Indian journal of veterinary science and animal husbandry - Volume 1,
Year: 1931
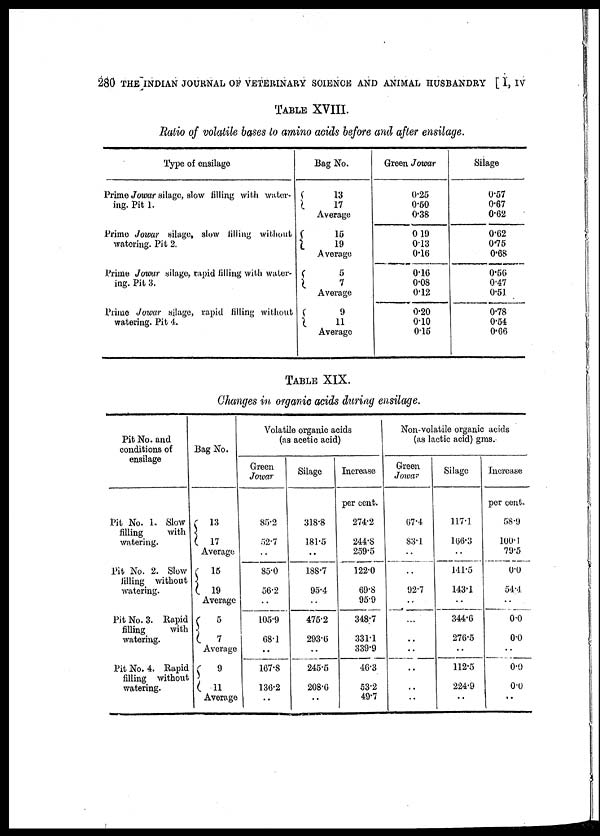
280 THE INDIAN JOURNAL OF VETERINARY SCIENCE AND ANIMAL HUSBANDRY [ I, IV
TABLE XVIII.
Ratio of volatile bases to amino acids before and after ensilage.
Type of ensilage
Prime Jowar silage, slow filling with water-
ing. Pit 1.
Prime Jowar silage, alow filling without
watering. Pit 2.
Prime Jowar silage, rapid tilling with water-
ing. Pit 3.
Prime Jowar silage, rapid filling without
watering. Pit 4.
Bag No.
13
17
Average
15
19
Average
5
7
Average
9
11
Average
Green Jowar
0.25
0.50
0.38
0.19
0.13
0.16
0.16
0.08
0.12
0.20
0.10
0.16
Silage
0.57
0.67
0.62
0.62
0.75
0.68
0.56
0.47
0.51
0.78
0.54
0.66
TABLE XIX.
Changes in organic acids during ensilage.
Pit No. and
conditions of
ensilage
Pit No. 1. Slow
filling
with
watering.
Pit No. 2. Slow
filling without
watering.
Pit No. 3. Rapid
filling
with
watering.
Pit No. 4. Rapid
filling without
watering.
Bag No.
13
17
Average
15
19
Average
5
7
Average
9
11
Average
Volatile organic acids
(as acetic acid)
Green
Jowar
85.2
52.7
..
85.0
56.2
..
105.9
68.1
..
167.8
136.2
..
Silage
318.8
181.5
..
188.7
95.4
..
475.2
293.6
..
245.5
208.6
..
Increase
per cent.
274.2
244.8
259.5
122.0
69.8
95.9
348.7
331.1
339.9
46.3
53.2
49.7
Non-volatile organic acids
(as lactic acid) gms.
Green
Jowar
67.4
83.1
..
92.7
..
...
..
..
..
..
..
Silage
117.1
166.3
...
141.5
143.1
..
344.6
276.5
..
112.5
224.9
..
Increase
per cent.
58.9
100.1
79.5
0.0
54.4
..
0.0
0.0
..
0.0
0.0
..